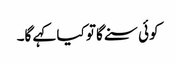
کوئی سنے گا تو کیا کہے گا۔